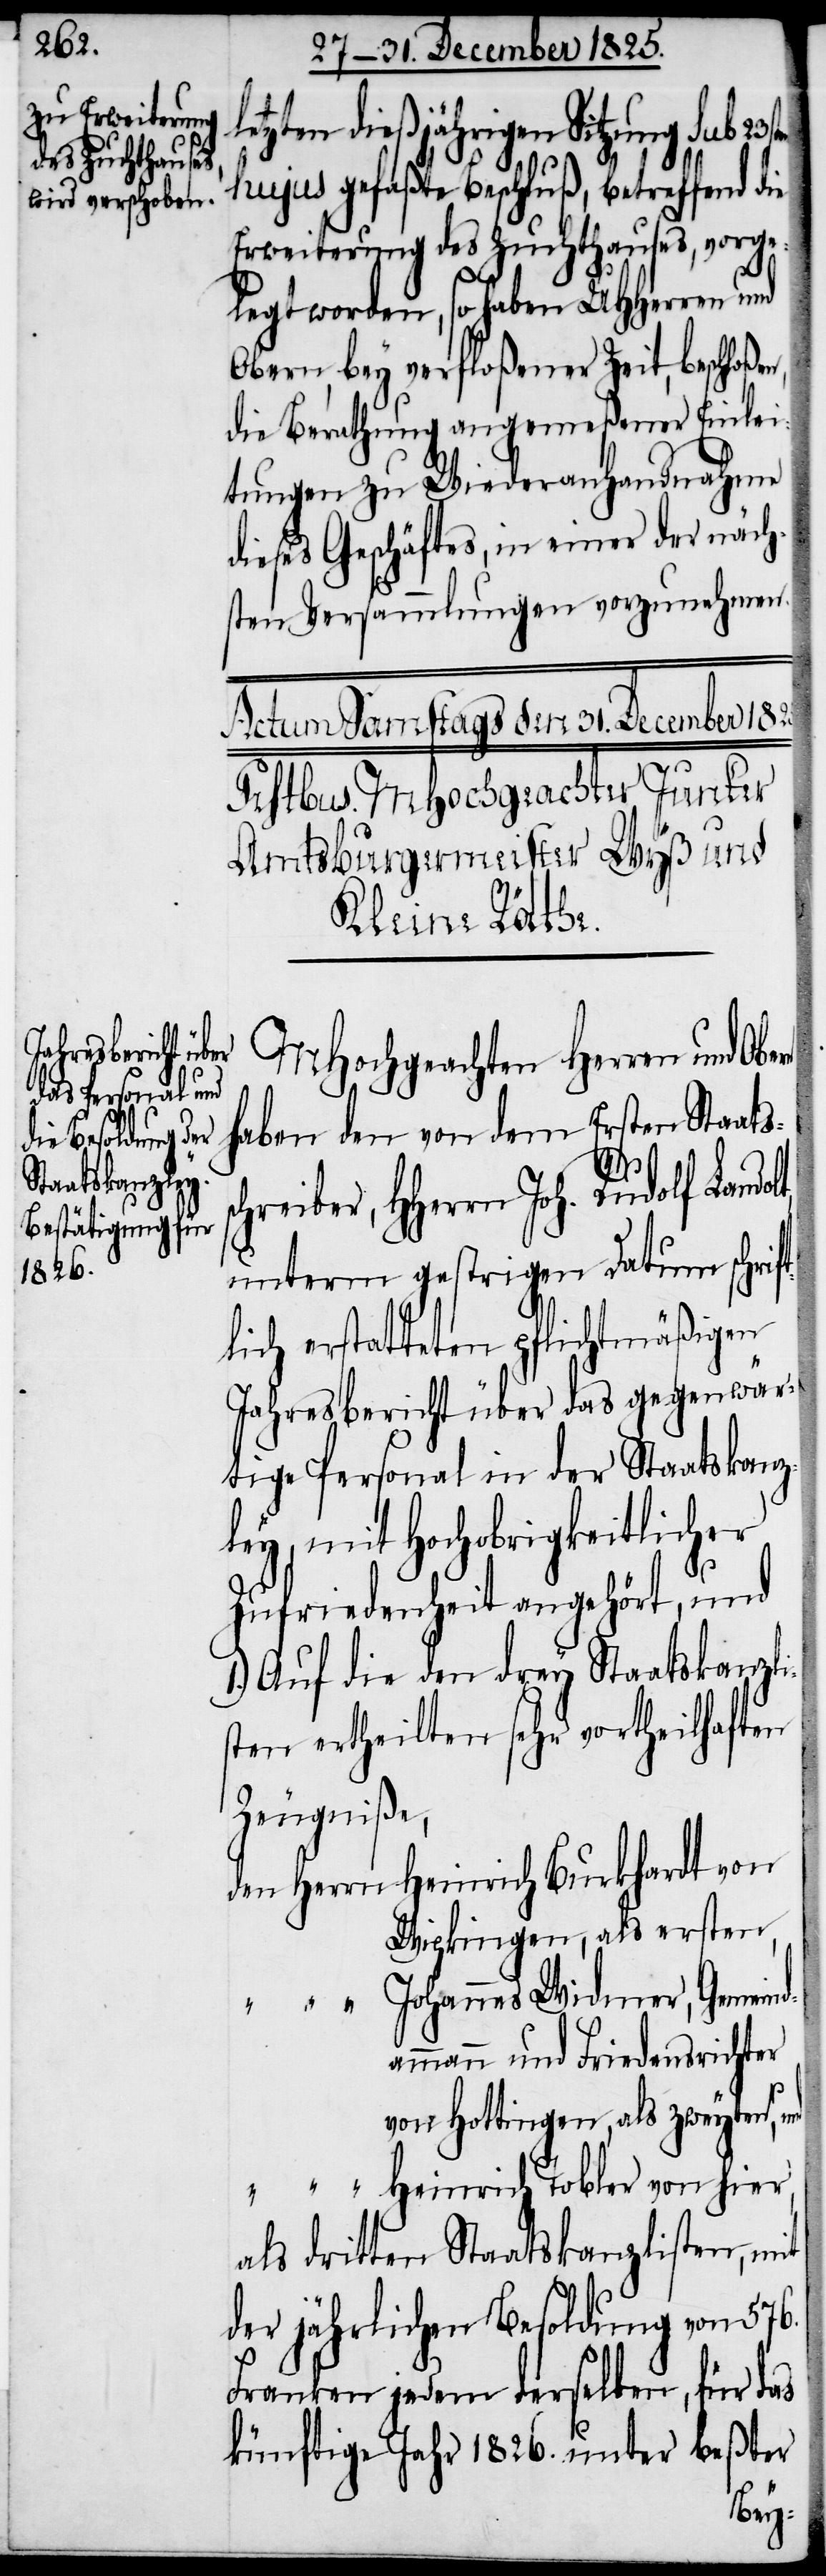
etzten dießjährigen Sitzung sub 23s¬
hujus gefaßte Beschluß, betreffend die
Erweiterung des Zuchthauses, vorge¬
legt worden, so haben UHHerren und
Obern bey verfloßener Zeit, beschloßen,
die Berathung angemeßener Einlei¬
tungen zu Wiederanhandnahme
dieses Geschäftes, in einer der näch¬
sten Versammlungen vorzunehmen.
MHochgeachte Herren und Obe¬
haben den von dem Ersten Staats¬
d¬
chreiber, HHerrn Joh. Rudolf Landol¬
unter gestrigem Datum schrif¬
tlich erstatteten pflichtmäßigen
Jahresbericht über das gegenwär¬
tige Personal in der Staatskanz¬
ley, mit Hochobrigkeitlicher
Zufriedenheit angehört, und
1.) Auf die den drey Staatskanzli¬
sten ertheilten sehr vortheilhaften
Zeugniße,
den Herrn	Heinrich Burkhardt von
Wipkingen, als ersten
“		Johannes Widmer, Gemein¬
ammann und Friedensrichter
von Hottingen, als zweyten,
als dritten Staatskanzlisten, mit
der jährlichen Besoldung von 576.
Franken jedem derselben,
künftige Jahr 1826. unter beßter